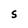
Character: S